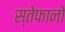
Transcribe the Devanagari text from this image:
स्तेफानो